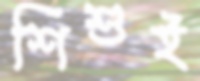
শিশুই